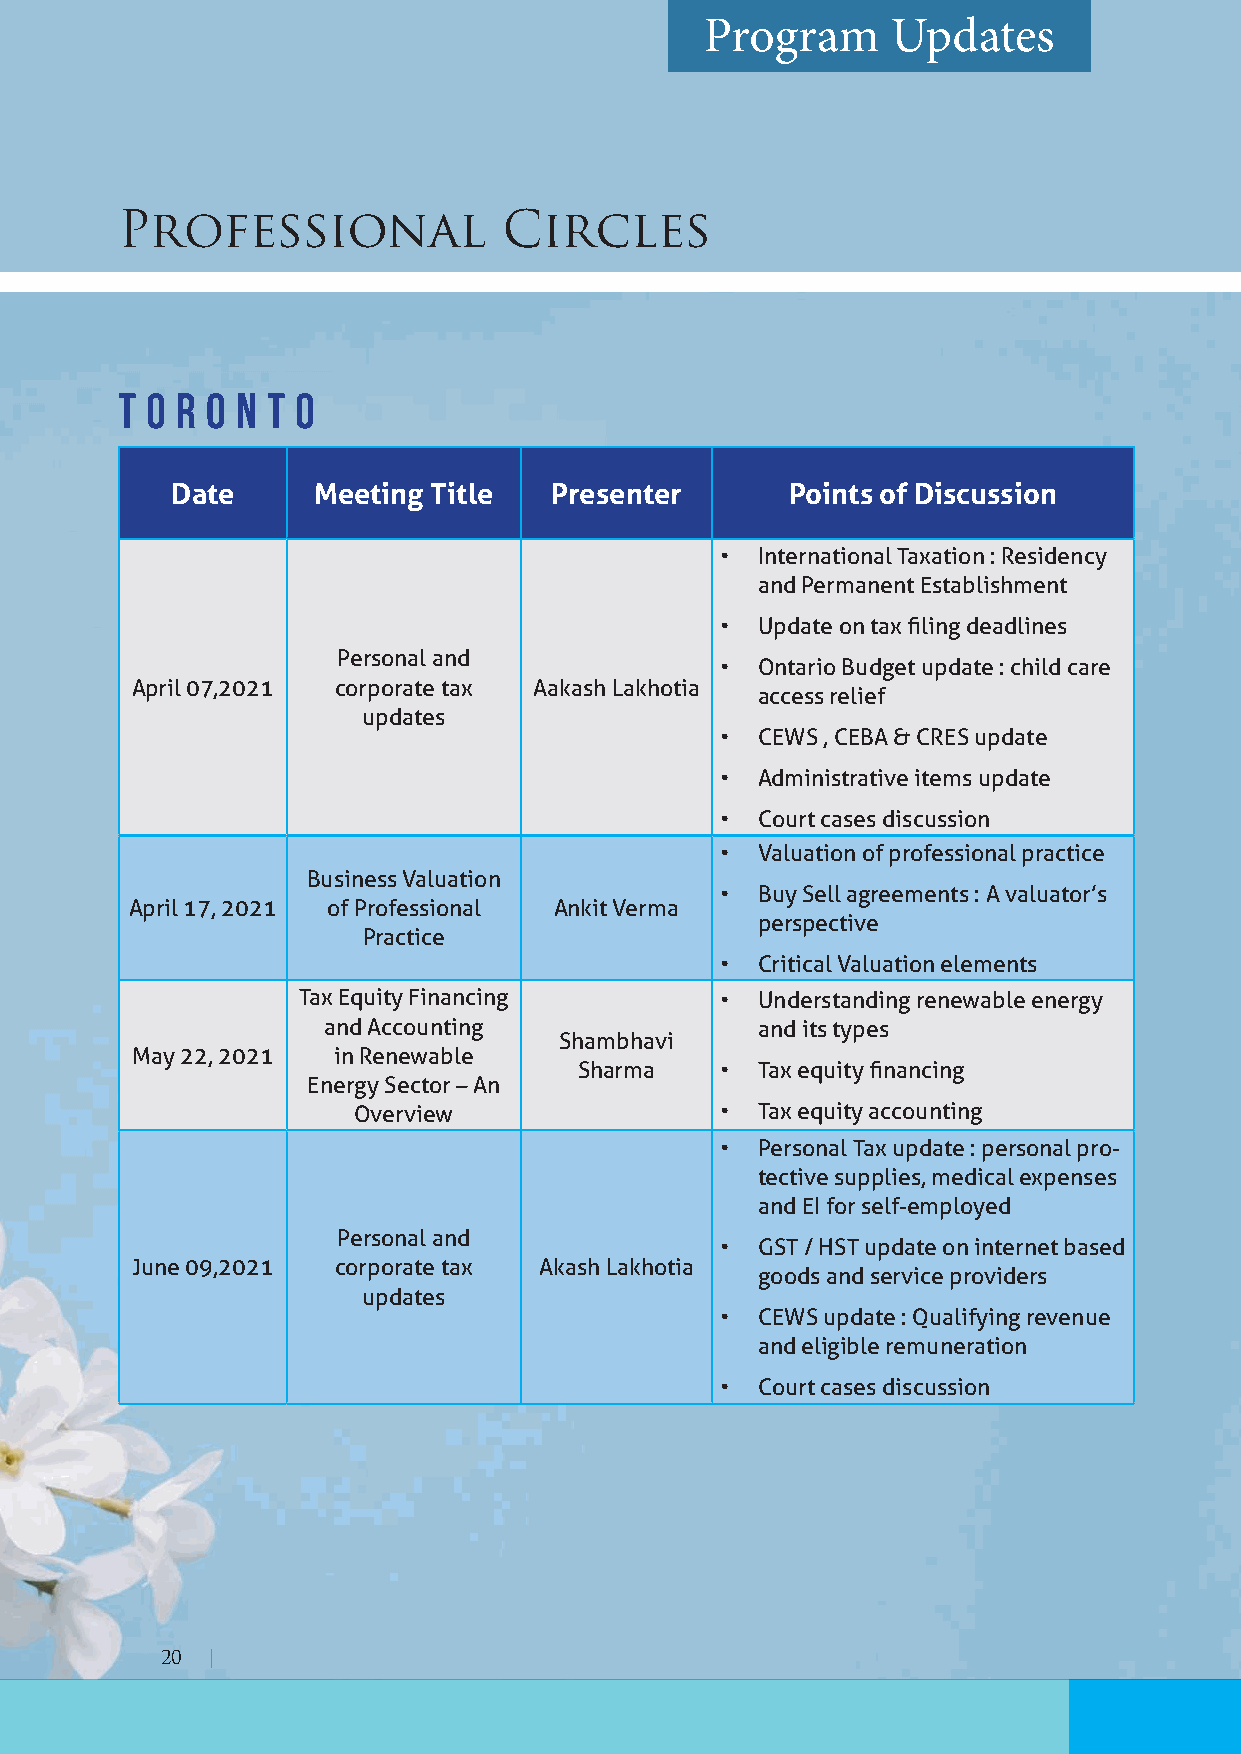
Program     Updates
 Professional             Circles
 T o r o n t o
 Date      Meeting Title  Presenter       Points of Discussion
 • International Taxation : Residency
 and Permanent Establishment
 • Update on tax filing deadlines
 Personal and
 • Ontario Budget update : child care
 April 07,2021 corporate tax Aakash Lakhotia
 access relief
 updates
 • CEWS , CEBA & CRES update
 • Administrative items update
 • Court cases discussion
 • Valuation of professional practice
 Business Valuation
 • Buy Sell agreements : A valuator’s
 April 17, 2021 of Professional Ankit Verma
 perspective
 Practice
 • Critical Valuation elements
 Tax Equity Financing        • Understanding renewable energy
 and Accounting               and its types
 Shambhavi
 May 22, 2021 in Renewable
 Sharma    • Tax equity financing
 Energy Sector – An
 Overview                 • Tax equity accounting
 • Personal Tax update : personal pro-
 tective supplies, medical expenses
 and EI for self-employed
 Personal and
 • GST / HST update on internet based
 June 09,2021 corporate tax Akash Lakhotia
 goods and service providers
 updates
 • CEWS update : Qualifying revenue
 and eligible remuneration
 • Court cases discussion
 20 |